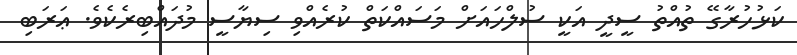
ކަޅުހުރާގޭ ތުއްތު ސީދީ އަކީ ސުލްހައަށް މަސައްކަތް ކުރެއްވި ސިޔާސީ މުދައްބިރެކެވެ. ޢަރަބި